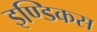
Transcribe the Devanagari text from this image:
इण्डिकस